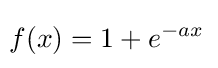
\!f(x)=1+e^{-ax}